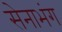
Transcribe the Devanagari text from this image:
सेनाभंग